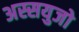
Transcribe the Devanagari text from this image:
अस्सयुजो